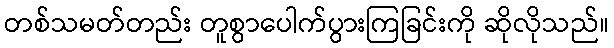
တစ်သမတ်တည်း တူစွာပေါက်ပွားကြခြင်းကို ဆိုလိုသည်။